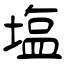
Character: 塩